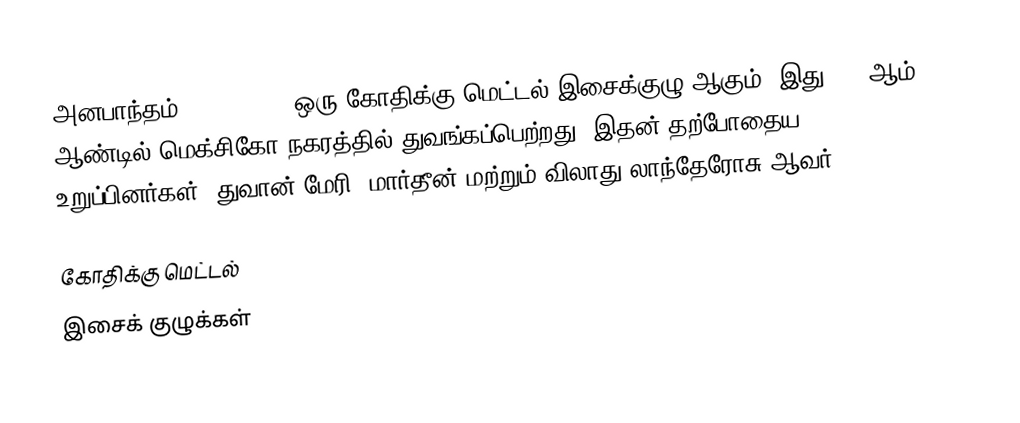
அனபாந்தம் (Anabantha) ஒரு கோதிக்கு மெட்டல் இசைக்குழு ஆகும். இது 1997ஆம் ஆண்டில் மெக்சிகோ நகரத்தில் துவங்கப்பெற்றது. இதன் தற்போதைய உறுப்பினர்கள்: துவான் மேரி, மார்தீன் மற்றும் விலாது லாந்தேரோசு ஆவர்.

கோதிக்கு மெட்டல்
இசைக் குழுக்கள்